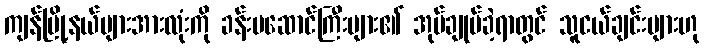
ကျန်မြို့နယ်များအားလုံးကို ခန်းမဆောင်ကြီးများ၏ အုပ်ချုပ်ခဲ့ရာတွင် သူငယ်ချင်းများဟု